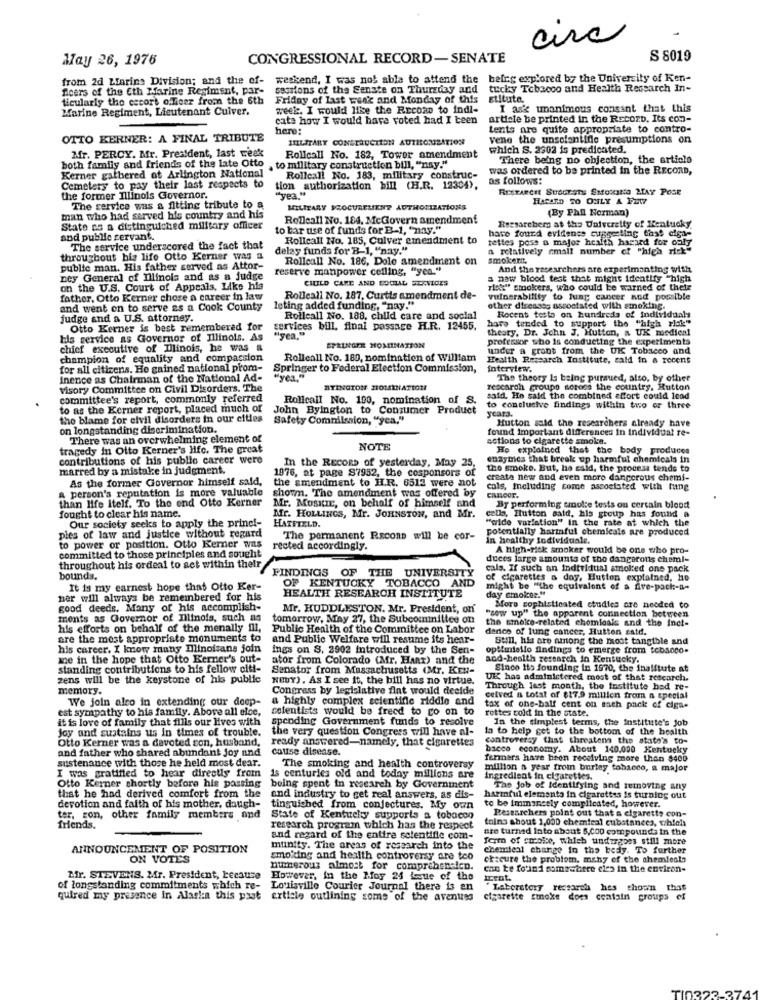
circ
May 26, 1976
CONGRESSIONAL RECORD-SENATE
S 8019
from 2d Marine Division; and the of-
weekend, I was not able to attend the
beleg explored by the University of Ken-
fcers of the Eth Marine Regiment, par-
sessions of the Senate on Thursday and
tucky Tobacco and Health Research In-
ticularly the escort officer from the 6th
Friday of last week and Monday of this
Elituto.
Marine Regiment, Lieutenant Cuiver.
week. I would like the Recono to indi-
I aske unanimous consant that this
cate how I would have voted had I teen
article be printed in the Record. Its con-
here:
tents are quite appropriate to contro-
OTTO KERNER: A FINAL TRIBUTE
MILITARY CONSTRUCTION AUTHONZATION
vene the unsolantidie presumptions on
Mr. PERCY. Mr. President, last week
which S. 2302 is predicated.
Rollcall No. 182, Tower amendment
There being no objection, the article
both family and friends of the late Otto , to military construction bill, "nay."
was ordered to be printed in the RECORD,
Kerner gathered at Arlington National
Rollcall No. 183, military construc-
as follows:
Cemetery to pay their last respects to
tion authorization bill (H.R. 12304),
"yea "
RESEARCH SUGGESTS SMOKING MAY POSE
the former Illinois Governor.
HACKED TO ONLY A FEW7
The service was a fitting tribute to a
MILITARY SEOCURELIENT AUTHORIZATIONS
(By Phil Norman)
man who had served his country and his
Rolleall No. 184. McGovern amendment
Stato as a distinguished military officer
to bar use of funds for B-1, "nay."
have found evidence suggesting these eiga-
Ressarchers at the University of Kentucky
and publie servant
Rollcall No. 185, Culver amendment to
tettes pose a major health haried for caly
The service underscored the fact that
delay funds for B-1, "nay."
a relatively small number of "high rick"
throughout his life Otto Kerner was a
Rollcall No. 186, Dole amendment on
smokeri,
public man. His father served as Attor-
reserve manpower cefling, "yes."
And the researchers are experimenting with
ney General of Illinois and as a judge
CHILD CARE AND SOCIAL SERVICES
a new blood test that might identify "high
on the U.S. Court of Appeals, Like his
risk" smokers, who could be warned of their
father, Otto Kerner chose a career in law
Rolleall No. 187, Curtis amendment de-
vulnerability to lung cancer and possible
and went on to serve as a Cook County
leting added funding, "nay."
other diresses associated with smoking.
judge and a U.S. attorney.
Rolleall No. 188, child care and social
hore tended to support the "high risk"
Recent tests on hundreds of individuals
Otto Kerner is best remembered for
services bill. final passage H.R. 12455.
theory, Dr. John J. Hutton, a UK medienl
bis service as Governor of Illinois. As
"yea."
professor who is conducting the experiments
chief executive of Illinois, he was a
SPRINGER NOMINATION
under a gront from the UK Tobacco and
champion of equality and compassion
Rolleall No. 180, nomination of William
Health Research Institute, cald in a recent
for all citizens. He gained national picom-
Springer to Federal Election Commission,
interview.
Inence as Chairman of the National Ad-
"yea,"
The theory Is being pursued, also, by other
Visory Committee on Civil Disorders. The
RTINGTON 21014KNAT1028
rescarch groupe serons the country. Hutton
committee's report, commonly referred
Rollcall No. 100, nomination of S.
said. Ho said the combined effort could lead
to as the Kerner report, placed much of
John Byington to Consumer Product
to conclusive findings within two or three
Scara.
the blame for elvil disorders in our cities
Safety Comnilssion, "yea."
Hutton sold the researchers already have
on longstanding discrimination.
found important differences in Individual re-
There was an overwhelming element of
actions to cigarette smoke.
tragedy in Otto Kerner's Hfc. The great
NOTE
He explained that the body produces
contributions of his publio career were
In the RECORD of yesterday, May 25,
enzymes that break up harmful chemicals in
marred by a mistake in judgment.
1976, at page 87952, the cosponsors of
the smoke. But, he said, the process tends to
As the former Governor himself said,
the amendment to IL.R. 6512 were not
create new and even more dangerous chemi-
a person's reputation is more valuable
shown. The amendment was offered by
cols, mneluding come associated with fung
than life Itelf. To the end Otto Kerner
Mr. MoSKIE, on behalf of himself and
CALLOUT.
fought to clear his name.
By performing cmolie tests ou certain blood
cells, Hutton said, his group has found a
Mr. HOLLINGS, Mr. JOHNSTON, and Mr.
"wide variation" In the rate at which the
Our society seeks to apply the princi-
HATFIELD.
potentially harmful chemicals are produced
pies of law and justice without regard
The permanent Rscons will be cor-
in healthy Individuale.
to power or position. Otto Kerner was
rectedi accordingly.
A high-risk smoker would be one who pro-
committed to those principles and sought
duces large amounts of the dangerous cheml-
throughout his ordeal to set within their
FINDINGS OF THE UNIVERSITY
cals. If such an individual smoked one pack
bounds.
AND
of cigarettes a day, Hutton explained, he
It is my earnest hope that Otto Ker-
OF KENTUCKY TOBACCO
might be "the equivalent of a five-pack-a-
her will always be remembered for his
HEALTH RESEARCH INSTITUTE
day cmoicer."
good deeds. Many of his accomplish-
Mr. HUDDLESTON. Mr. President, on'
More sophisticated ctudies are needed to
ments as Governor of Illinois, such as
tomorrow, May 27, the Subcommittee on
"sew up" the apparent connection between
the smoke-related chemicals and the Inet-
his efforts on behalf of the menally ill,
Public Health of the Committee on Labor
denice of lung cancer, Hutten satd.
are the most appropriate monuments to
and Public Welfare will resume its hear-
Still, his are among the most tangible and
his career. I know many Illinoisans join
ings on S. 2902 introduced by the Sen-
opetmiallo findings to emerge from tobacco.
me in the hope that Otto Kerner's out-
ator from Colorado (Mr. Hanz) and the
and-health research in Kentucky.
standing contributions to his fellow citi-
Senator from Massachusetts (Mr. KEN-
Since He founding in 1970, the inaiftute at
zens will be the keystone of his public
NEUY). As I see it, the bill has no virtue.
UK has administered most of that rescarch.
memory.
Congress by legislative fint would deelde
Through last month, the institute hed re-
We join also in extending our deep-
a highly complex scientific riddle and
ceived a total of $17.9 million from a special
est sympathy to his family. Above all elce,
celentists would be freed to co on to
rettes cold in the state.
tax of one-half cent on nach pack of cigar
it is love of family that fills our lives with
spending Government funds to resolve
In the simplest terms, the institute's job
Joy and sustains us In times of trouble.
the very question Congress will have al-
la to help get to the bottom of the health
Otto Kerner was a davoted con, husband,
ready answered-namely, that cigarettes
controversy that threaten the state's co-
and father who shared abundant joy and
cause disease.
bacco economy. About 140,000 Kentucky
sustenance with those he held most dear.
fermers have been receiving more than $400
The smoking and health controversy
million a year from burley tobacco, a major
I was gratified to hear directly from
is centuries old and today millions are
Ingredient in cigarettes.
Otto Kerner shortly before his passing
being spent in research by Government
The job of Identifying and removing any
that he had derived comfort from the
and industry to get real answers, as dis-
harmful elements in cigarettes is turning out
devotion and faith of his mother, daugh-
tinguiched from conjectures. My own
to be immancely complicated, however.
Researchers point out that a cigarette con-
ter, zon, other family members and
State of Kentucky supports a tobacco
toina shout 1,000 chemical cubatanecs, which
friends.
research program which has the respect
are turned Into about 6,000 compounds in the
and regard of the entire scientific com-
Terra of coolce, which undergoes still more
ANNOUNCEMENT OF POSITION
munity. The areas of research into the
chemical change in the bedy. To further
ON VOTES
smoking and health controversy are teo
etteure the problem, many of the chemieals
numerous almost for comprehension.
can be found somzwarte eles in the environ-
Mr. STEVENS. Mr. President, because
However, In the Moy 24 Laue of the
trat.
of longstanding commitments which re-
Louisville Courier Journal there is an
Laboratory research hes shown that
quired my presence in Alaska this past article outlining some of the aventes
cigarette smoke does cealain groups of